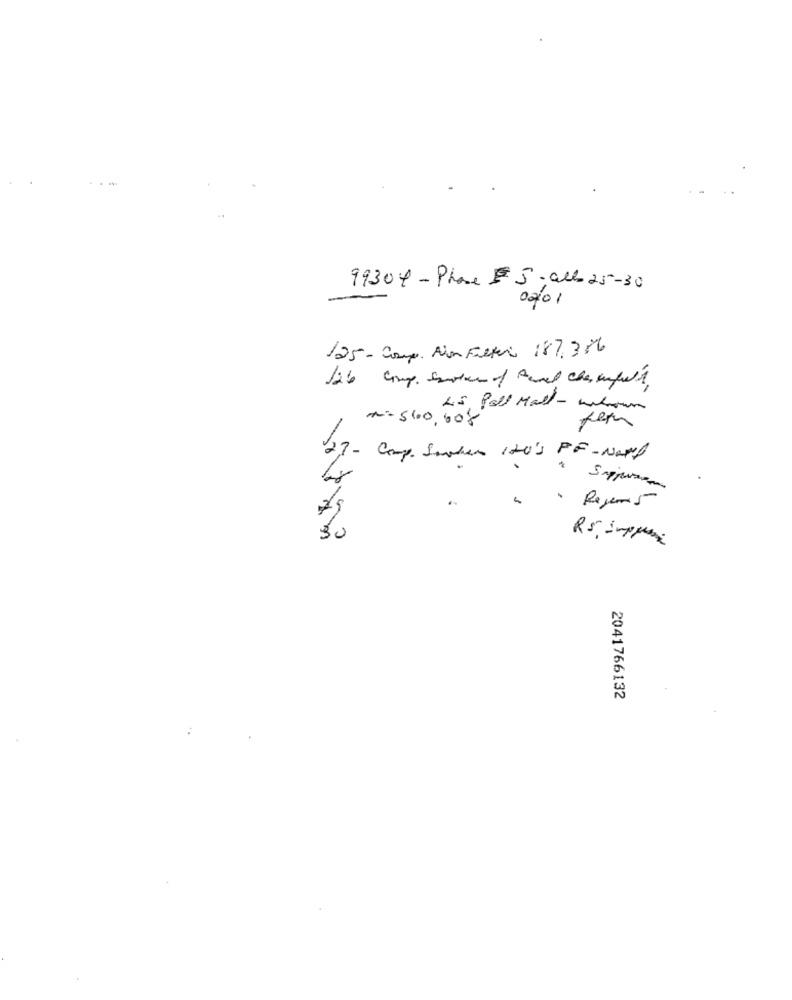
99304 - Phase #5; alla 25-30
02/01
125- comp. Non Filter 187.386
( Li5, Pall Mall- whown
2=560,004
27- Comp. Saucher 120's PF- Narp
79
· Rejer 5
30
RS. -- ppx
2041766132